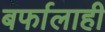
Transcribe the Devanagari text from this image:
बर्फालाही